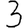
Digit: 3